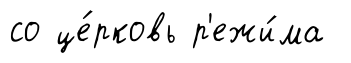
со це́рковь р'ежи́ма